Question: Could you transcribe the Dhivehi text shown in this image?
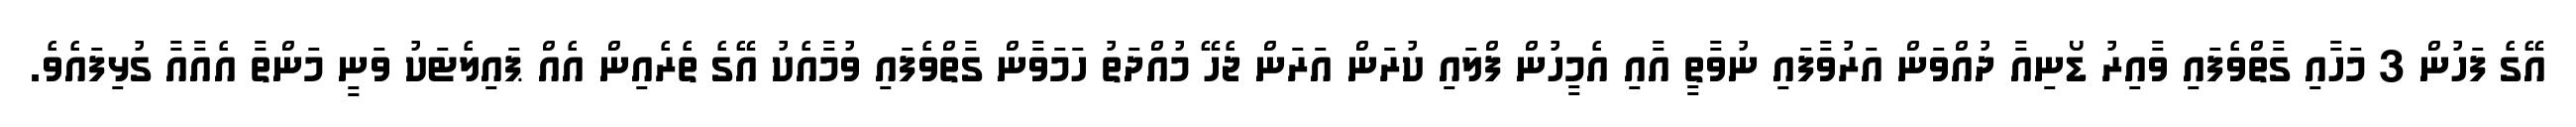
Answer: އޭގެ ފަހުން 3 މަހާއި ގާތްވެފައި ވާއިރު ޑޯނިއާ ދުއްވަން އަރުވާފައި ނުވާތީ އާއި އެމީހުން ފްލައި ކުރަން އަރަން ޖެހޭ މުއްދަތު ހަމަވާން ގާތްވެފައި ވުމާއެކު އޭގެ ތެރެއިން އެއް ޕައިލެޓަކު ވަނީ މަންތާ އެއާއާ ގުޅިފައެވެ.